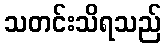
သတင်းသိရသည်